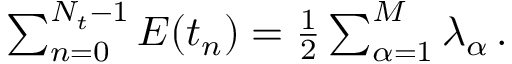
\begin{array} { r } { \sum _ { n = 0 } ^ { N _ { t } - 1 } E ( t _ { n } ) = \frac { 1 } { 2 } \sum _ { \alpha = 1 } ^ { M } \lambda _ { \alpha } \, . } \end{array}